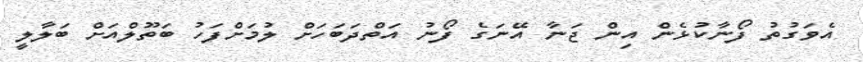
އެވަގުތު ފޯނާކުޅެން އިން ޖަނާ އޭނަގެ ފޯނު އަތްދަބަހަށް ލުމަށްފަހު ބަތޫލްއަށް ބަލާލީ